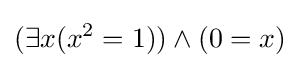
(\exists x(x^{2}=1))\land (0=x)